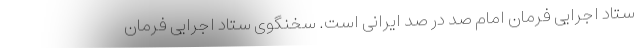
ستاد اجرایی فرمان امام صد در صد ایرانی است. سخنگوی ستاد اجرایی فرمان